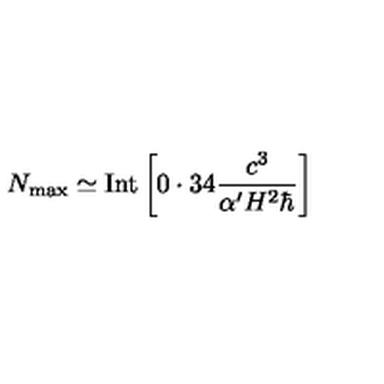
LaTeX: N _ { \mathrm { m a x } } \simeq \mathrm { I n t } \left\lbrack 0 \cdot 3 4 \frac { c ^ { 3 } } { \alpha ^ { \prime } H ^ { 2 } \hbar } \right\rbrack